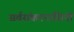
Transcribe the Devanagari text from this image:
सर्वसंकटनाशिनी